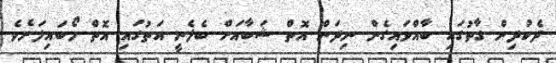
ދެކުދިން ގާތުގައި ބާއްވައިގެން ނިދަން އޮތް ޝަބާއަށް ބެލެނީ އަތުގައި އޮތް މޯބައިލަށެވެ.